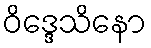
ဝိဒ္ဒေသိနော